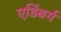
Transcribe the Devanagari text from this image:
एडिंबर्ग